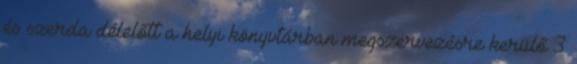
és szerda délelőtt a helyi könyvtárban megszervezésre kerülő 3